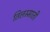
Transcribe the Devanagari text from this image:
तिलस्माती